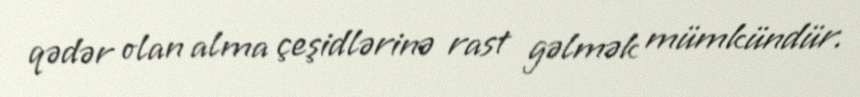
qədər olan alma çeşidlərinə rast gəlmək mümkündür.